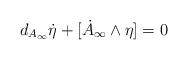
LaTeX: \begin{align*}d_{A_\infty} \dot \eta + [ \dot A_\infty \wedge \eta]=0\end{align*}